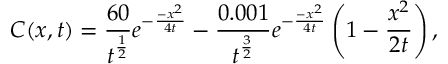
C ( x , t ) = \frac { 6 0 } { t ^ { \frac { 1 } { 2 } } } e ^ { - \frac { - x ^ { 2 } } { 4 t } } - \frac { 0 . 0 0 1 } { t ^ { \frac { 3 } { 2 } } } e ^ { - \frac { - x ^ { 2 } } { 4 t } } \left( 1 - \frac { x ^ { 2 } } { 2 t } \right) ,